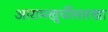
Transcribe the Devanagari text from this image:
आरामखुर्चीसारखा